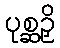
ပုစ္ဆဉှိ